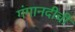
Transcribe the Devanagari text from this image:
गंगानदीची